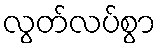
လွတ်လပ်စွာ